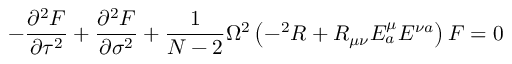
- \frac { \partial ^ { 2 } F } { \partial \tau ^ { 2 } } + \frac { \partial ^ { 2 } F } { \partial \sigma ^ { 2 } } + \frac { 1 } { N - 2 } \Omega ^ { 2 } \left( - ^ { 2 } R + R _ { \mu \nu } E _ { a } ^ { \mu } E ^ { \nu a } \right) F = 0